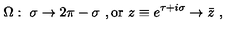
\Omega : \ \sigma \to 2 \pi - \sigma \ , \mathrm { o r } \ z \equiv e ^ { \tau + i \sigma } \to \bar { z } \ ,